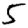
Digit: 5